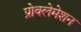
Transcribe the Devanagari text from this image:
प्रोक्लेमेशन